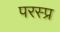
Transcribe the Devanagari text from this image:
परस्प्र